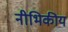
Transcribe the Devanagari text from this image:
नीभिकीय